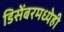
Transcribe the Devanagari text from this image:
डिसेंबरमध्येही